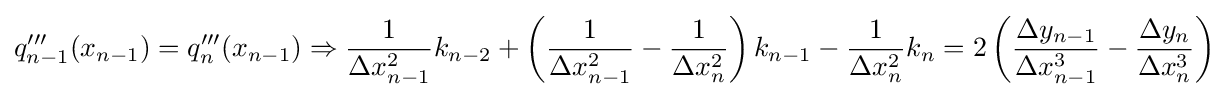
q'''_{n-1}(x_{n-1})=q'''_{n}(x_{n-1})\Rightarrow {\frac {1}{\Delta x_{n-1}^{2}}}k_{n-2}+\left({\frac {1}{\Delta x_{n-1}^{2}}}-{\frac {1}{\Delta x_{n}^{2}}}\right)k_{n-1}-{\frac {1}{\Delta x_{n}^{2}}}k_{n}=2\left({\frac {\Delta y_{n-1}}{\Delta x_{n-1}^{3}}}-{\frac {\Delta y_{n}}{\Delta x_{n}^{3}}}\right)